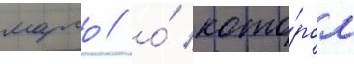
марго / о́ кото́ром